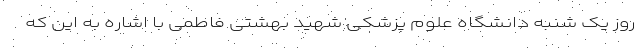
روز یک شنبه دانشگاه علوم پزشکی شهید بهشتی فاطمی با اشاره به این که